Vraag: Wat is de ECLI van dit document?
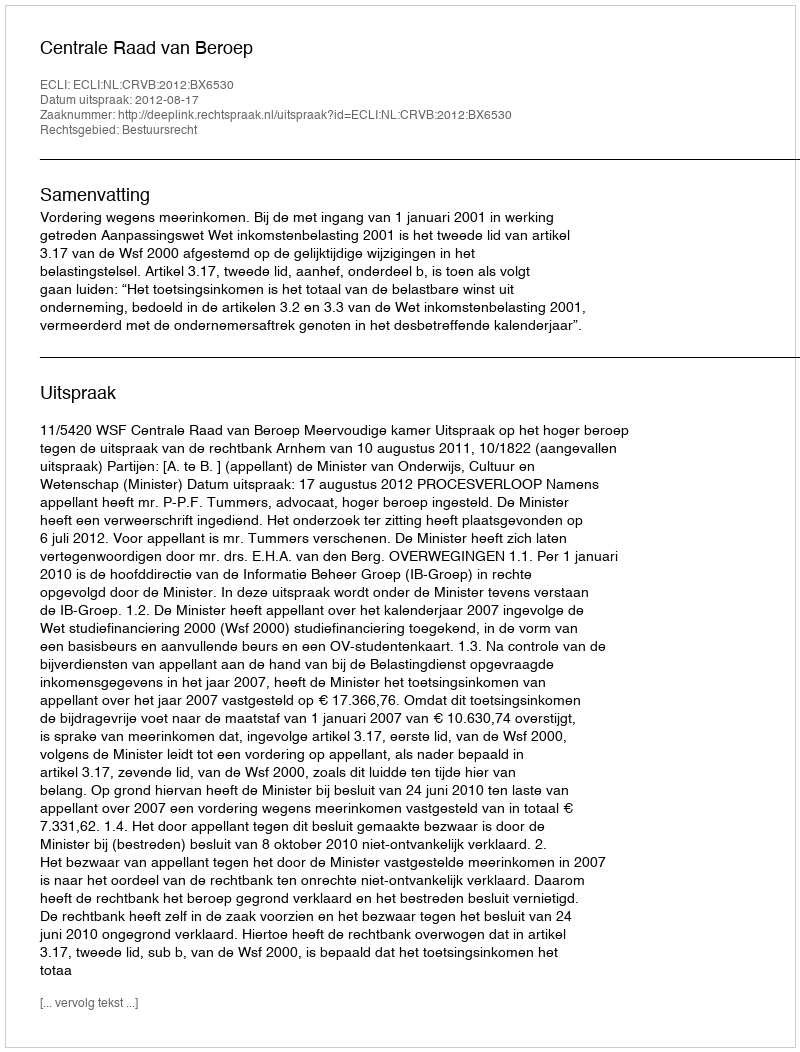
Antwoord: ECLI:NL:CRVB:2012:BX6530